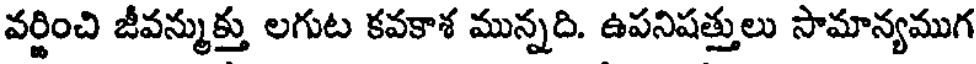
వర్ణించి జీవన్ముక్తు లగుట కవకాశ మున్నది. ఉపనిషత్తులు సామాన్యముగ